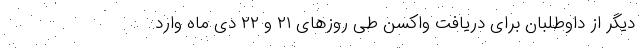
دیگر از داوطلبان برای دریافت واکسن طی روزهای ۲۱ و ۲۲ دی ماه وارد